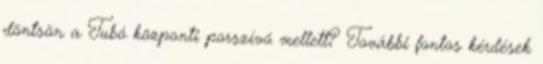
döntsön a Tubó központi porszívó mellett? További fontos kérdések